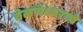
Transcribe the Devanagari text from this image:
वेळणेश्वराचे